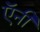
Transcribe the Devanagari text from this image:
ऍनी